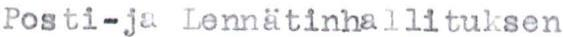
Posti- ja Lennätinhallituksen